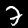
Digit: 7